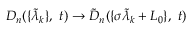
D _ { n } ( \{ \tilde { \lambda } _ { k } \} , \ t ) \rightarrow \tilde { D } _ { n } ( \{ \sigma \tilde { \lambda } _ { k } + L _ { 0 } \} , \ t )